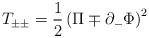
LaTeX: \begin{align*}T_{\pm\pm}={1\over2}\left(\Pi\mp\partial_-\Phi\right)^2\end{align*}